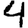
Digit: 4